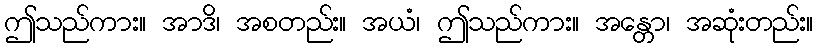
ဤသည်ကား။ အာဒိ၊ အစတည်း။ အယံ၊ ဤသည်ကား။ အန္တော၊ အဆုံးတည်း။